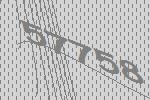
57758